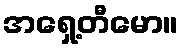
အရှေ့တီမော။